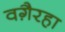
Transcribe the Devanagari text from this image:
वगै़रहा